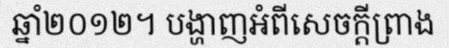
ឆ្នាំ២០១២។ បង្ហាញអំពីសេចក្តីព្រាង